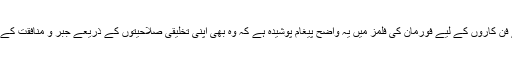
پاکستان جیسے ممالک کے فن کاروں کے لیے فورمان کی فلمز میں یہ واضح پیغام پوشیدہ ہے کہ وہ بھی اپنی تخلیقی صلاحیتوں کے ذریعے جبر و منافقت کے خلاف آواز اُٹھا سکتے ہیں۔